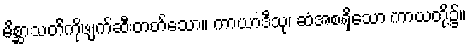
မိစ္ဆာသတိကိုဖျက်ဆီးတတ်သော။ ကာယာဒီသု၊ ဆံအစရှိသော ကာယတို့၌။